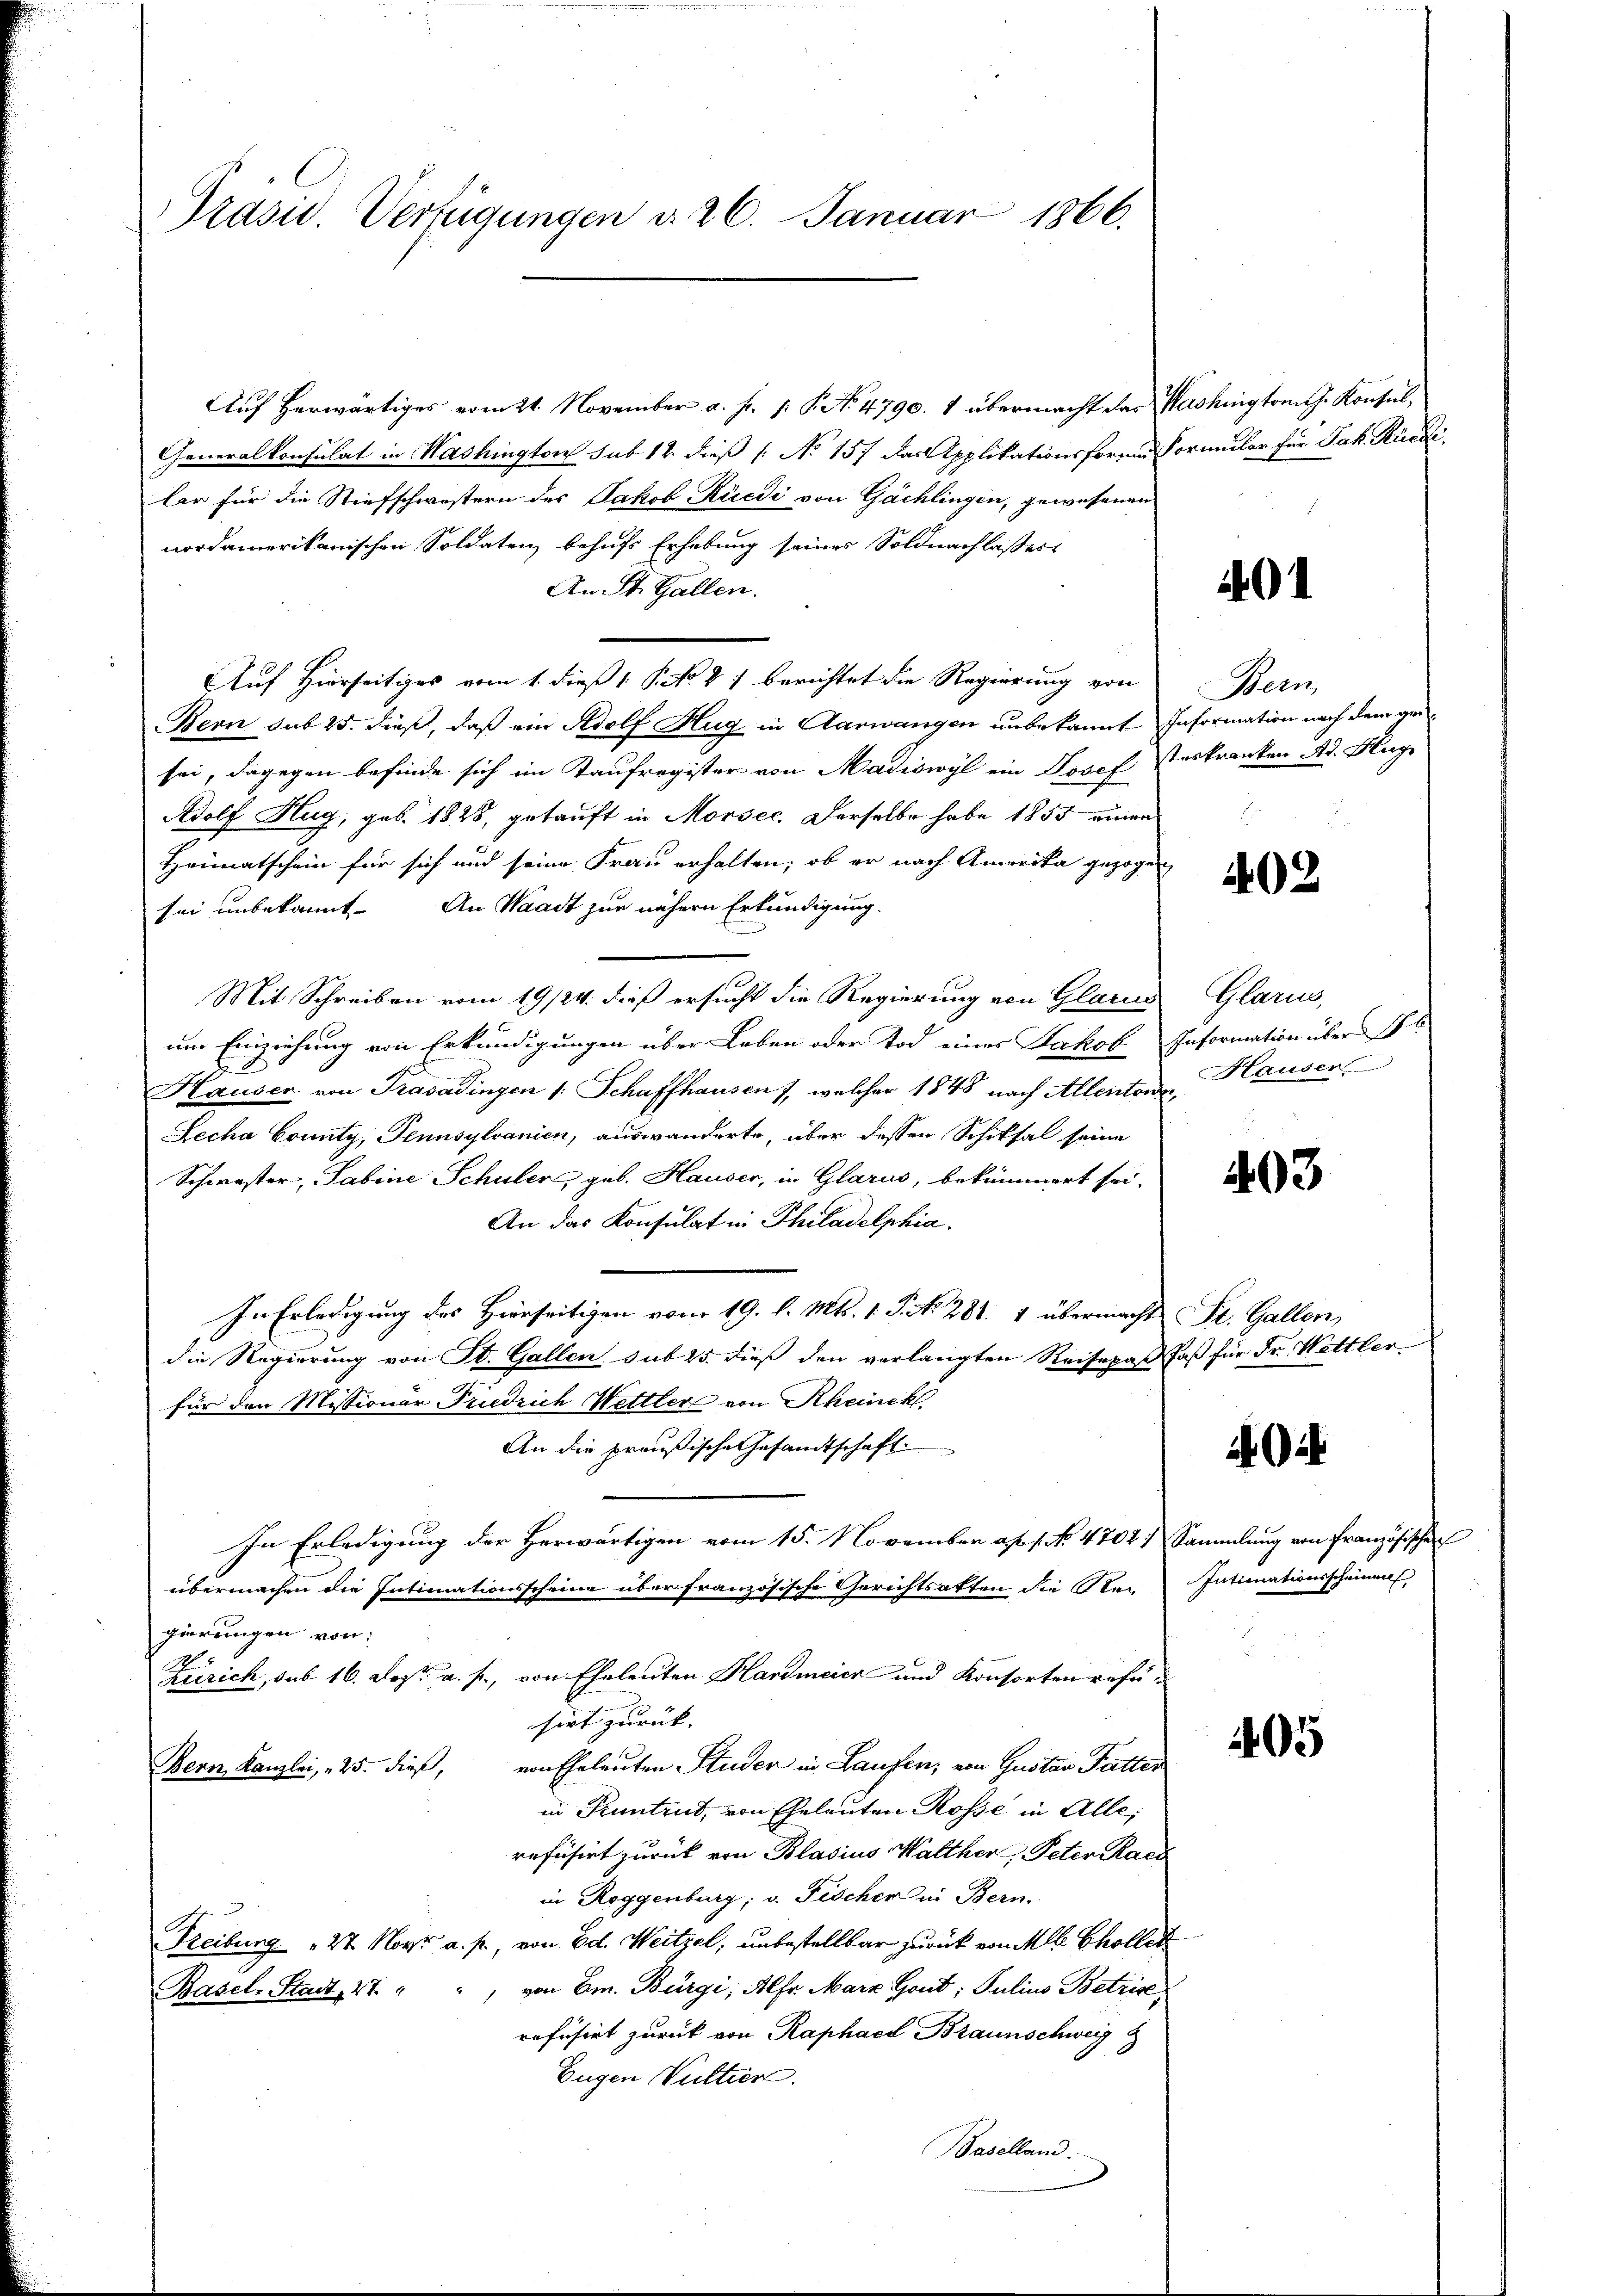
Präsid. Verfügungen d. 26. Januar 1866.

Auf herwärtiges vom 21. November a. f. 1. P. No 4790. 1 übermacht das Washington J. Konsul¬
Generalkonsulat in Washington sub 12 dieß (: No 157 das Applikationsforme Formular für Jak. Rüedi
lar für die Stiefschwestern des Jakob Rüedi von Gächlingen, gewesenen
nordamerikanischen Soldaten behufs Erhebung seines Soldnachlasses
An St. Gallen.
Auf Hierseitiges vom 1. dieß 1 NNo. 27 berichtet die Regierung von Bern,
Bern sub 25. dieß, daß ein Adolf Hug in Aarwangen unbekannt Information nach dem geisei, dagegen befinde sich im Taufregister von Madiswyl ein Josef steskranken Ad. Huge
Adolf Hug, geb. 1828, getauft in Morsec. Derselbe habe 1855 einen
Heimatschein für sich und seine Frau erhalten, ob er nach Amerika gezogen
sei unbekannt. An Waadt zur nähern Erkundigung.
Mit Schreiben vom 19/24. dieß ersucht die Regierung von Glarus
um Einziehung von Erkundigungen über Leben oder Tod einer Jakob Information über Bl
Hauser von Trasadingen 1. Schaffhausen), welcher 1848 nach Allentorde¬
Lecha County, Pennsylvanien, auswanderte, über dessen Schiksal seine
Schwester- Sabine Schuler, geb. Hauser, in Glarus, bekümmert sei,
An das Konsulat in Philadelphia
In Erledigung des Hierseitigen vom 19. l. Mts. 1. P. N. 281. 1 übermacht St. Gallen,
die Regierung von St. Gallen sub 25. dieß den verlangten Reisepaß faß für Fr. Wettler
für den Missionar Friedrich Wettler von Rheinckl
An die preußische Gesandtschaft
In Erledigung der Herwärtigen vom 15. November ap. 1. No. 4702. Sammlung von Französischen
übermachen die Intimationsscheine über französische Gerichtsakten die Rei Intimationsscheinen,
gierungen von
A
Zürich, sub 16. Dez. a. p., von Eheleuten Hardmeier und Konsorten refüsirt zurück- |
von Eheleuten Studer in Laufen, von Gustav Patter
Bern, Kanzlei, „25. dieß,
in Kuntrut, von Eheleuten Rosse in Alle,
refüsirt zurück von Blasius Walther Peter Raes
in Roggenburg, v. Fischer in Bern.
Freiburg 27. Nov. a. p., von Ed. Weitzel, unbestellbar zurück von Mlle Chollet
 von Em. Bürgi, Alfr Marz Gond; Julius Betrise
Basel-Stadt, 27.
refüsirt zurück von Raphael Braunschweig
Eugen Vultier.
Baselland.

401

02

Glarne
Hausen

403

405